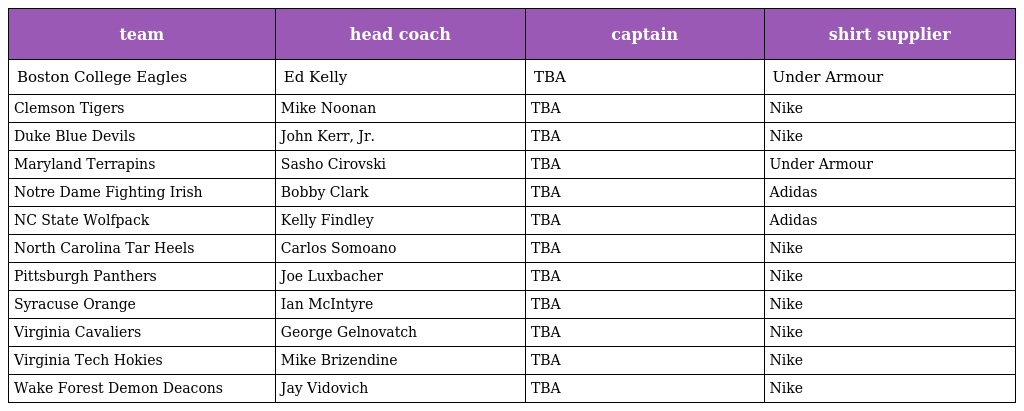
| team | head coach | captain | shirt supplier |
 | --- | --- | --- | --- |
 | Boston College Eagles | Ed Kelly | TBA | Under Armour |
 | Clemson Tigers | Mike Noonan | TBA | Nike |
 | Duke Blue Devils | John Kerr, Jr. | TBA | Nike |
 | Maryland Terrapins | Sasho Cirovski | TBA | Under Armour |
 | Notre Dame Fighting Irish | Bobby Clark | TBA | Adidas |
 | NC State Wolfpack | Kelly Findley | TBA | Adidas |
 | North Carolina Tar Heels | Carlos Somoano | TBA | Nike |
 | Pittsburgh Panthers | Joe Luxbacher | TBA | Nike |
 | Syracuse Orange | Ian McIntyre | TBA | Nike |
 | Virginia Cavaliers | George Gelnovatch | TBA | Nike |
 | Virginia Tech Hokies | Mike Brizendine | TBA | Nike |
 | Wake Forest Demon Deacons | Jay Vidovich | TBA | Nike |